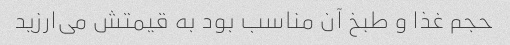
حجم غذا و طبخ آن مناسب بود به قیمتش می‌ارزید